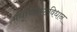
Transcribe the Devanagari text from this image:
मधूच्छिस्टविधान